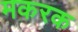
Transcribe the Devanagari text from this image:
मकरक